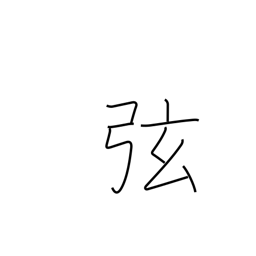
Meaning: hypotenuse